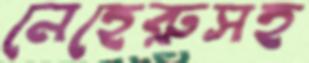
নেহেরুসহ